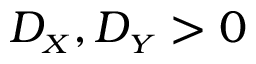
D _ { \scriptscriptstyle { X } } , D _ { \scriptscriptstyle { Y } } > 0